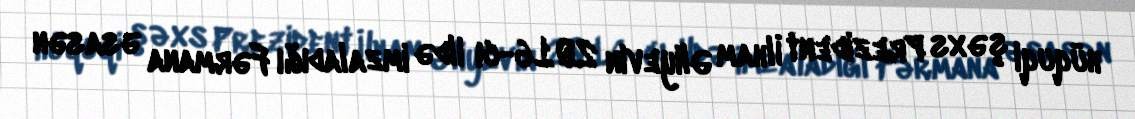
hüquqi şəxs Prezident İlham Əliyevin 2016-cı ildə imzaladığı Fərmana əsasən